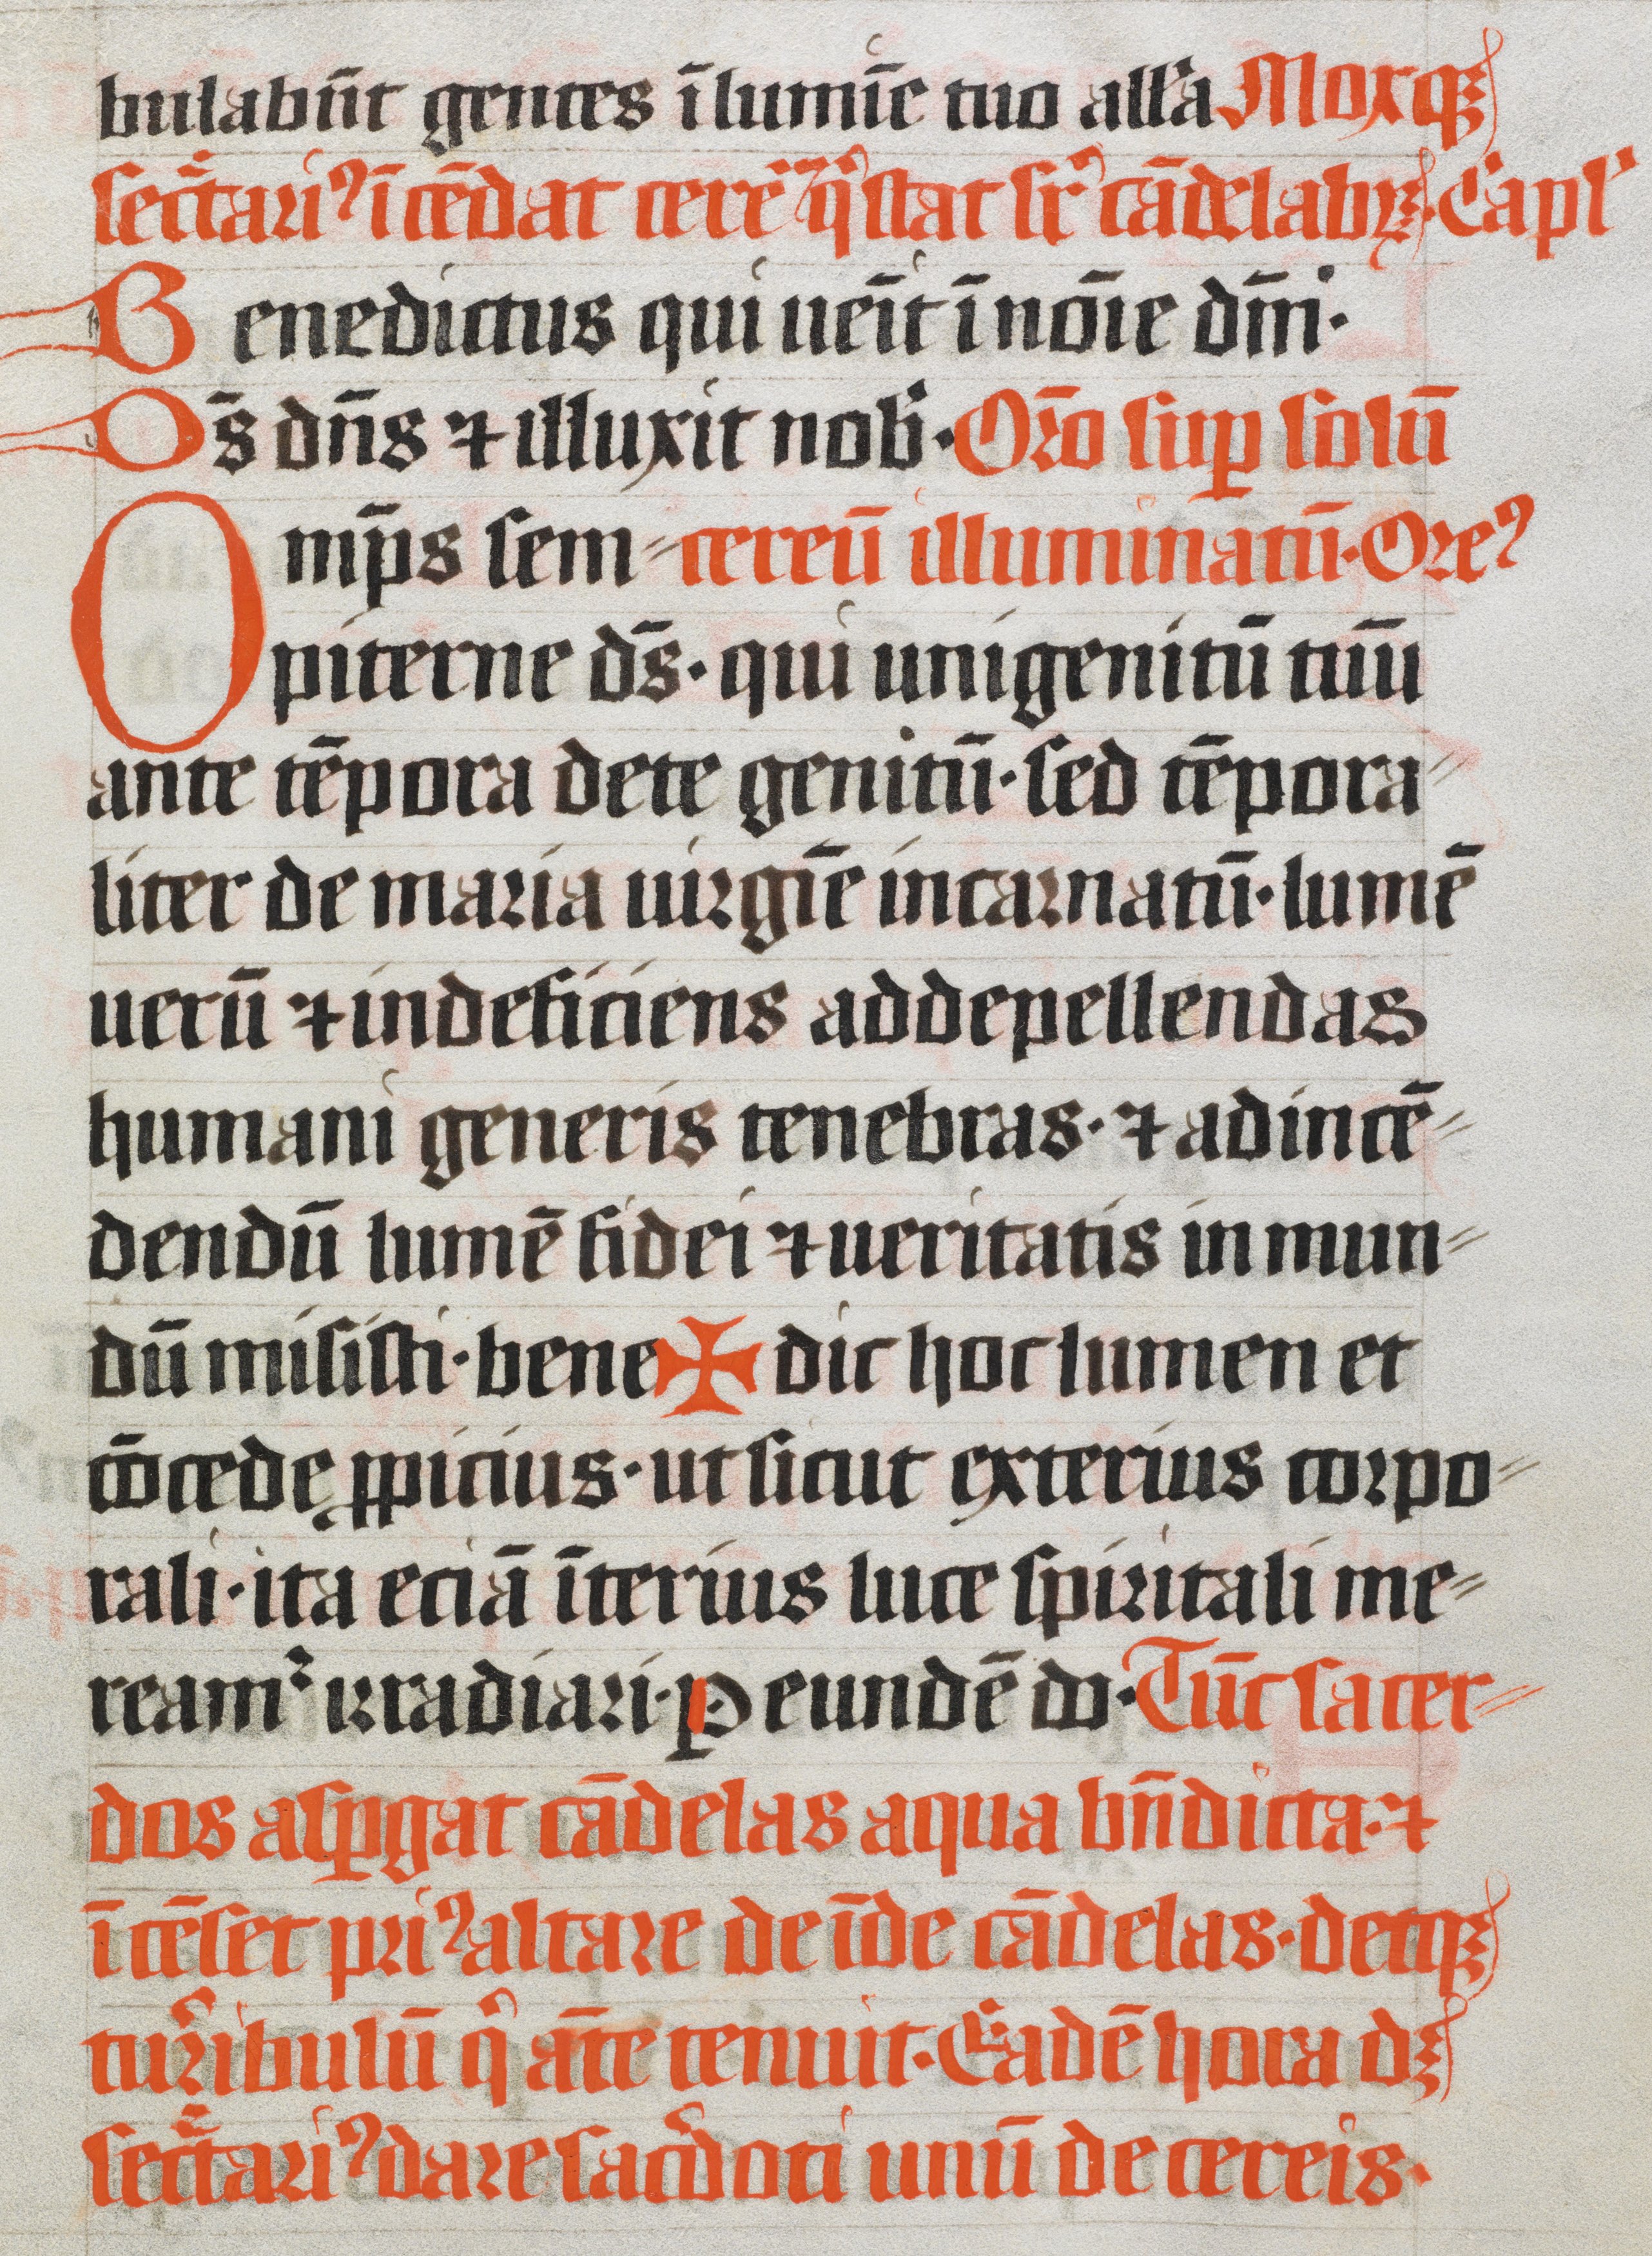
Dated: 1400–1499